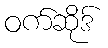
ဝက်ဆိုဒ်